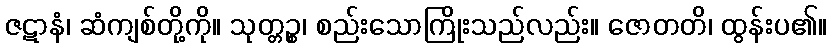
ဇဋာနံ၊ ဆံကျစ်တို့ကို။ သုတ္တဉ္စ၊ စည်းသောကြိုးသည်လည်း။ ဇောတတိ၊ ထွန်းပ၏။